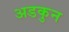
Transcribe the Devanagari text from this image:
अडकुन